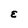
Character: E